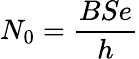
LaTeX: N_{0}=\frac{BSe}{h}